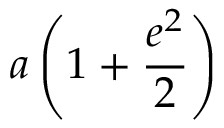
a \left( 1 + { \frac { e ^ { 2 } } { 2 } } \right)